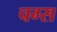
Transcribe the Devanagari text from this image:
चग्स